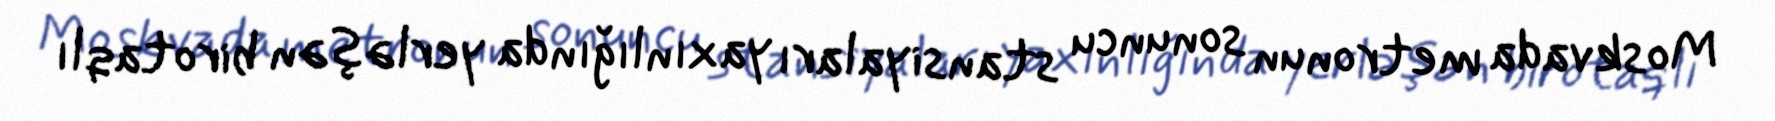
Moskvada metronun sonuncu stansiyaları yaxınlığında yerləşən birotaqlı